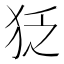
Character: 𤝑